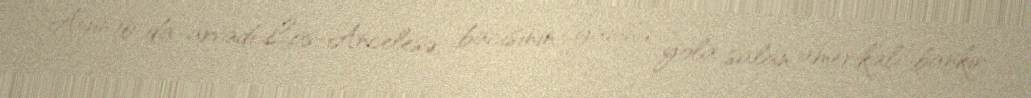
Ayın 10-da arvadı Los-Ancelesə, bacısının yanına yola salan amerikalı bankir